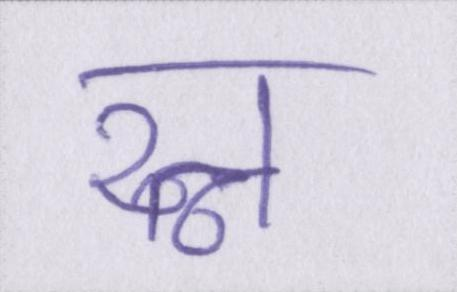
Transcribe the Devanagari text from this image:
रत्न